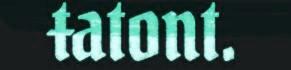
ŧatont.